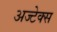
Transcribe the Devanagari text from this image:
अज्टेक्स